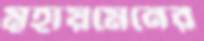
মূহায়মেনের